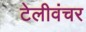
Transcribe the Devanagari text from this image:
टेलीवंचर